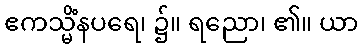
ဧကသ္မိံနပရေ၊ ၌။ ရညော၊ ၏။ ယာ